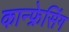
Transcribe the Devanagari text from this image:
कान्फ्रेसिंग